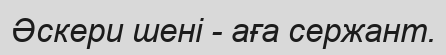
Әскери шені - аға сержант.